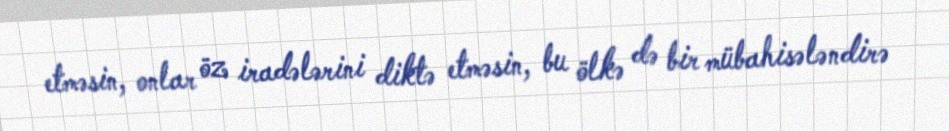
etməsin, onlar öz iradələrini diktə etməsin, bu ölkə də bir mübahisələndirə